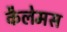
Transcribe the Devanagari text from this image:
कैलेमस